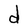
Character: d